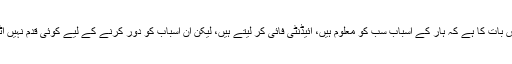
افسوس اس بات کا ہے کہ ہار کے اسباب سب کو معلوم ہیں، آئیڈنٹی فائی کر لیتے ہیں، لیکن ان اسباب کو دور کرنے کے لیے کوئی قدم نہیں اٹھایا جاتا۔